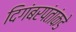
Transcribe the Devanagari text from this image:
दिगंबरपंतांकडे